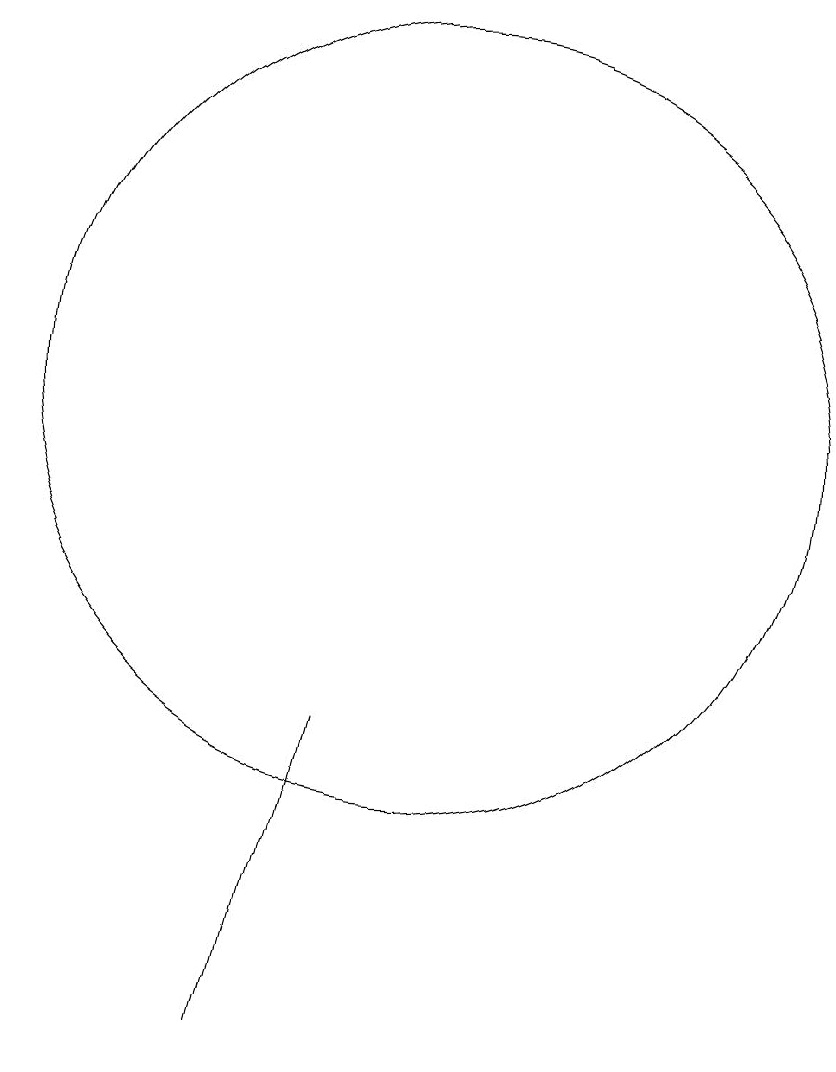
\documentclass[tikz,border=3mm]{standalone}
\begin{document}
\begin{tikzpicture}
\draw (10,10) circle (0);
\draw (10,11) circle (5);
\draw (8,3) -- (9,7) -- (9,7) -- cycle;
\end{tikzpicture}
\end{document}